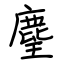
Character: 麈